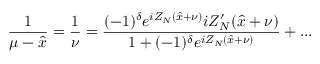
\displaystyle \frac { 1 } { \mu - \hat { x } } = \displaystyle \frac { 1 } { \nu } = \displaystyle \frac { ( - 1 ) ^ { \delta } e ^ { i Z _ { N } ( \hat { x } + \nu ) } i Z _ { N } ^ { \prime } ( \hat { x } + \nu ) } { 1 + ( - 1 ) ^ { \delta } e ^ { i Z _ { N } ( \hat { x } + \nu ) } } + . . .